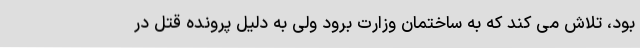
بود، تلاش می کند که به ساختمان وزارت برود ولی به دلیل پرونده قتل در